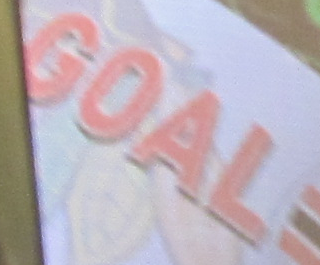
GOAL